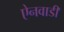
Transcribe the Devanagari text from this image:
ऐनवाडी